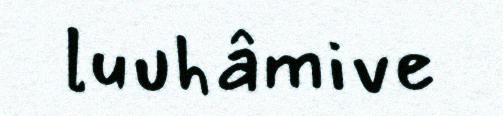
luuhâmive